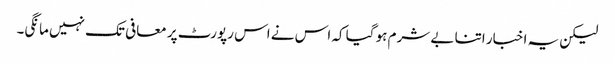
لیکن یہ اخبار اتنا بے شرم ہو گیا کہ اس نے اس رپورٹ پر معافی تک نہیں مانگی۔